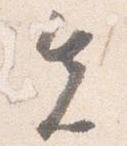
先